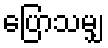
ပြောသမျှ